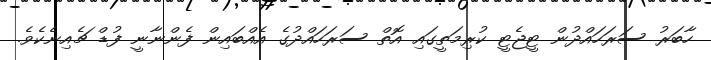
ހާބަރު ސަރަހައްދުން ޓީޖެޓީ ކުރިމަތީގައި އޮތް ސަރަހައްދުގެ އެއްބައިން ފެންނާނީ ފުޑް ޗެއިނެކެވެ.